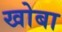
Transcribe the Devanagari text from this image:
खोबा